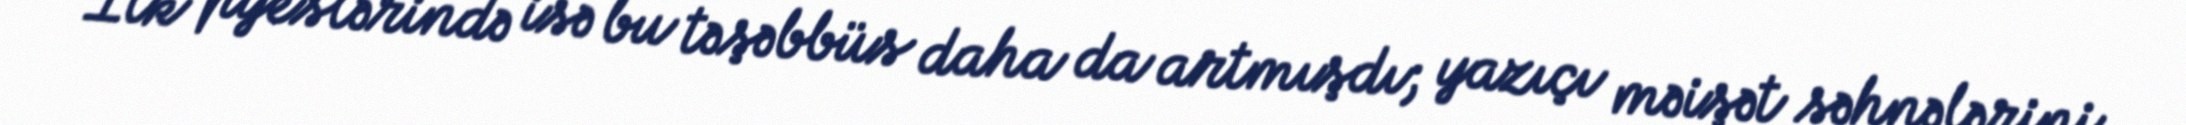
İlk pyeslərində isə bu təşəbbüs daha da artmışdı; yazıçı məişət səhnələrini,